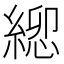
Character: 𮈯